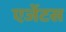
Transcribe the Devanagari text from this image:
एजेंटस